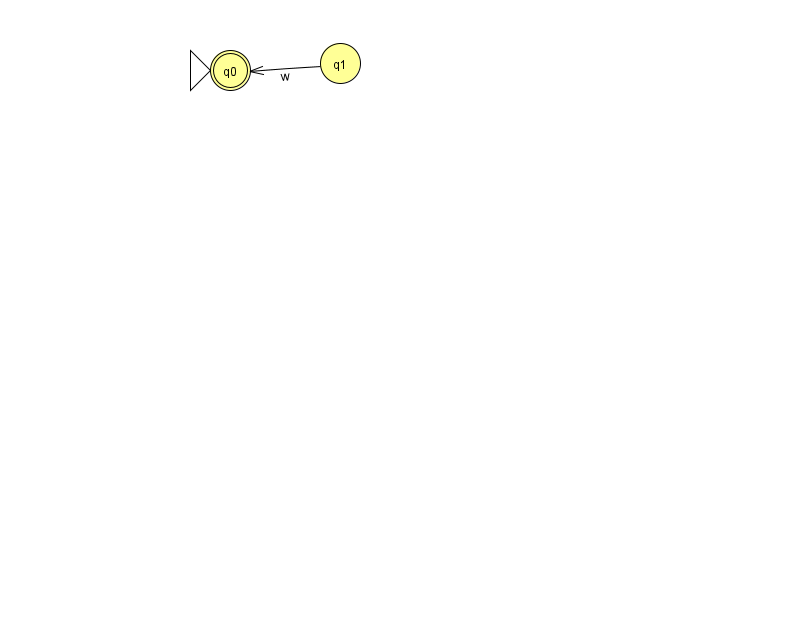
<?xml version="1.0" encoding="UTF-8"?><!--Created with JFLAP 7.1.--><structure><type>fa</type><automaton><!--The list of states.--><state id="0" name="q0"><x>230.0</x><y>57.0</y><initial/><final/></state><state id="1" name="q1"><x>340.0</x><y>50.0</y></state><!--The list of transitions.--><transition><from>1</from><to>0</to><read>w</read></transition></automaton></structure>